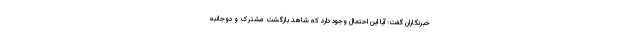
خبرنگاران گفت: آیا این احتمال وجود دارد که شاهد بازگشت مشترک و دوجانبه